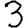
Digit: 3